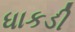
ધાકડી